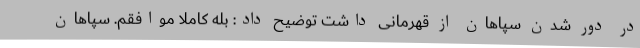
در دور شدن سپاهان از قهرمانی داشت توضیح داد: بله کاملا موافقم. سپاهان